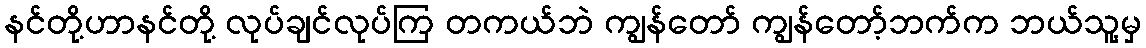
နင်တို့ဟာနင်တို့ လုပ်ချင်လုပ်ကြ တကယ်ဘဲ ကျွန်တော် ကျွန်တော့်ဘက်က ဘယ်သူ့မှ